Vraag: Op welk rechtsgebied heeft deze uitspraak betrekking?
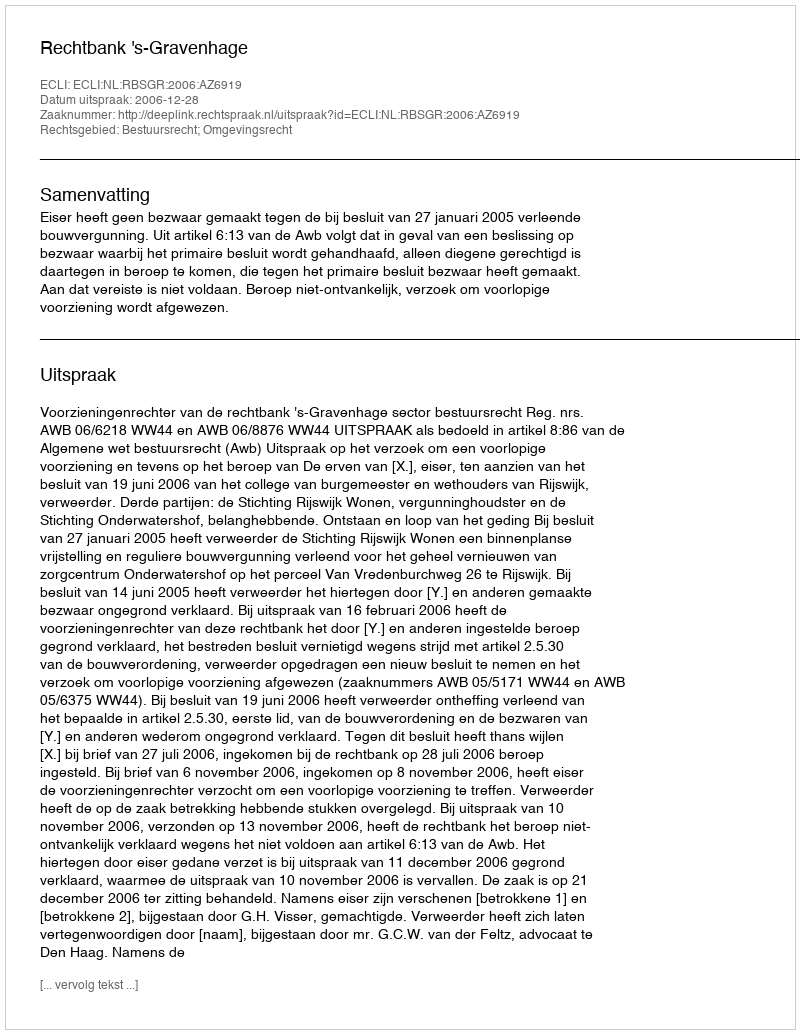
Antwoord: Bestuursrecht; Omgevingsrecht